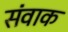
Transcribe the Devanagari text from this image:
संवाक